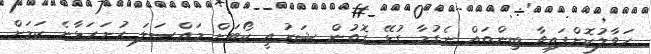
ހަވާލުކޮށްފައިވާ ބިންތައް ނެގުމާ ގުޅޭ ގޮތުން ޝަރުއީ ކޯޓަށް މައްސަލަ ހުށަހަޅާނެ ކަމަށް